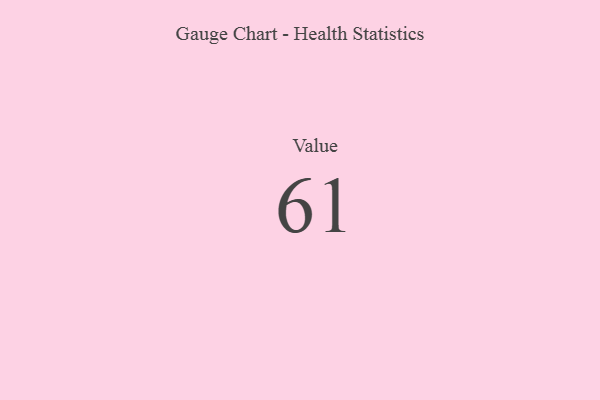
{"axis": {"x": "Metric", "y": "Value"}, "legend": [""], "data": [{"x": "Value", "y": 61, "type": ""}]}